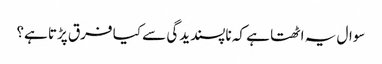
سوال یہ اٹھتا ہے کہ ناپسندیدگی سے کیا فرق پڑتا ہے؟